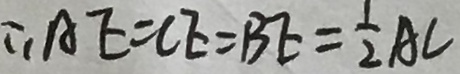
\therefore A E = C E = B E = \frac { 1 } { 2 } A C